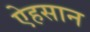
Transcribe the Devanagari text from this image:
ऐहसान